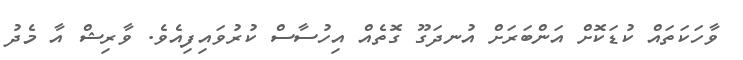
ވާހަކަތައް ކުޑަކޮށް އަންބަރަށް އުނދަގޫ ގޮތެއް އިހުސާސް ކުރުވައިފިއެވެ. ވާރިޝް އާ މެދު